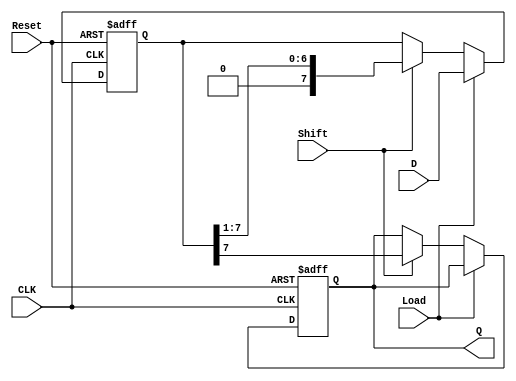
module PISO_Shift_Register #(
    parameter N = 8 // Parameter for the width of the register
)(
    input wire [N-1:0] D,   // Parallel data inputs
    input wire Shift,        // Shift control input
    input wire Load,         // Load control input
    input wire CLK,          // Clock input
    input wire Reset,        // Asynchronous reset input
    output reg Q            // Serial output
);

    reg [N-1:0] shift_reg;   // Internal shift register

    always @(posedge CLK or posedge Reset) begin
        if (Reset) begin
            shift_reg <= {N{1'b0}}; // Clear the register on reset
            Q <= 1'b0;              // Clear the output on reset
        end else begin
            if (Load) begin
                shift_reg <= D;     // Load parallel data into the register
            end else if (Shift) begin
                Q <= shift_reg[N-1]; // Output the MSB
                shift_reg <= {1'b0, shift_reg[N-1:1]}; // Shift right, MSB goes out
            end
        end
    end

endmodule